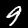
Digit: 9